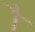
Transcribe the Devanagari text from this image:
ॱ